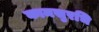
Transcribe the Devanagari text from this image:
कामसुरभि